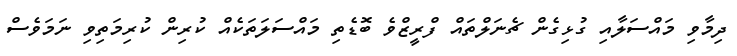
ދިމާވި މައްސަލާއި ގުޅިގެން ޗެނަލްތައް ފްރީޒްވެ ބޮޑެތި މައްސަލަތަކެއް ކުރިން ކުރިމަތިވި ނަމަވެސް